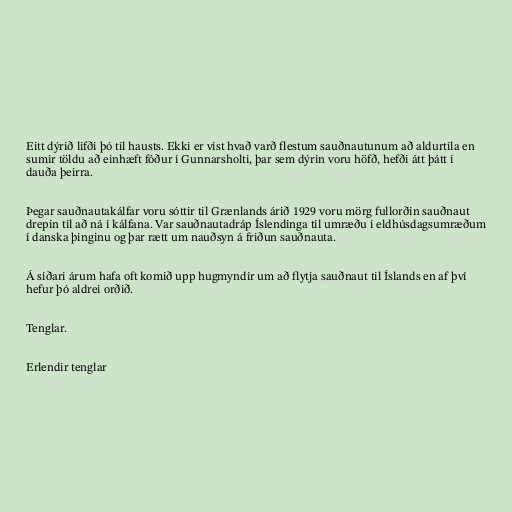
Eitt dýrið lifði þó til hausts. Ekki er víst hvað varð flestum sauðnautunum að aldurtila en
sumir töldu að einhæft fóður í Gunnarsholti, þar sem dýrin voru höfð, hefði átt þátt í
dauða þeirra.

Þegar sauðnautakálfar voru sóttir til Grænlands árið 1929 voru mörg fullorðin sauðnaut
drepin til að ná í kálfana. Var sauðnautadráp Íslendinga til umræðu í eldhúsdagsumræðum
í danska þinginu og þar rætt um nauðsyn á friðun sauðnauta.

Á síðari árum hafa oft komið upp hugmyndir um að flytja sauðnaut til Íslands en af því
hefur þó aldrei orðið.

Tenglar.

Erlendir tenglar